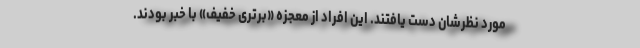
مورد نظرشان دست یافتند. این افراد از معجزه «برتری خفیف» با خبر بودند.